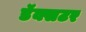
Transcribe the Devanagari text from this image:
डॅक्सटर